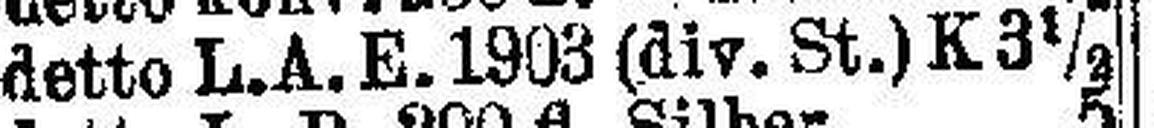
detto L.A.E.1903 (div. St.)K 3 ½